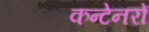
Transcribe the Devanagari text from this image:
कन्टेनरों